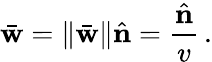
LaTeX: \bar{\mathbf w}=\| \bar{\mathbf w}\| \hat{\mathbf n}=\frac{\hat{\mathbf n}}{v}\, .